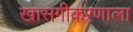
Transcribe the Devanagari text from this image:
खासगीकरणाला